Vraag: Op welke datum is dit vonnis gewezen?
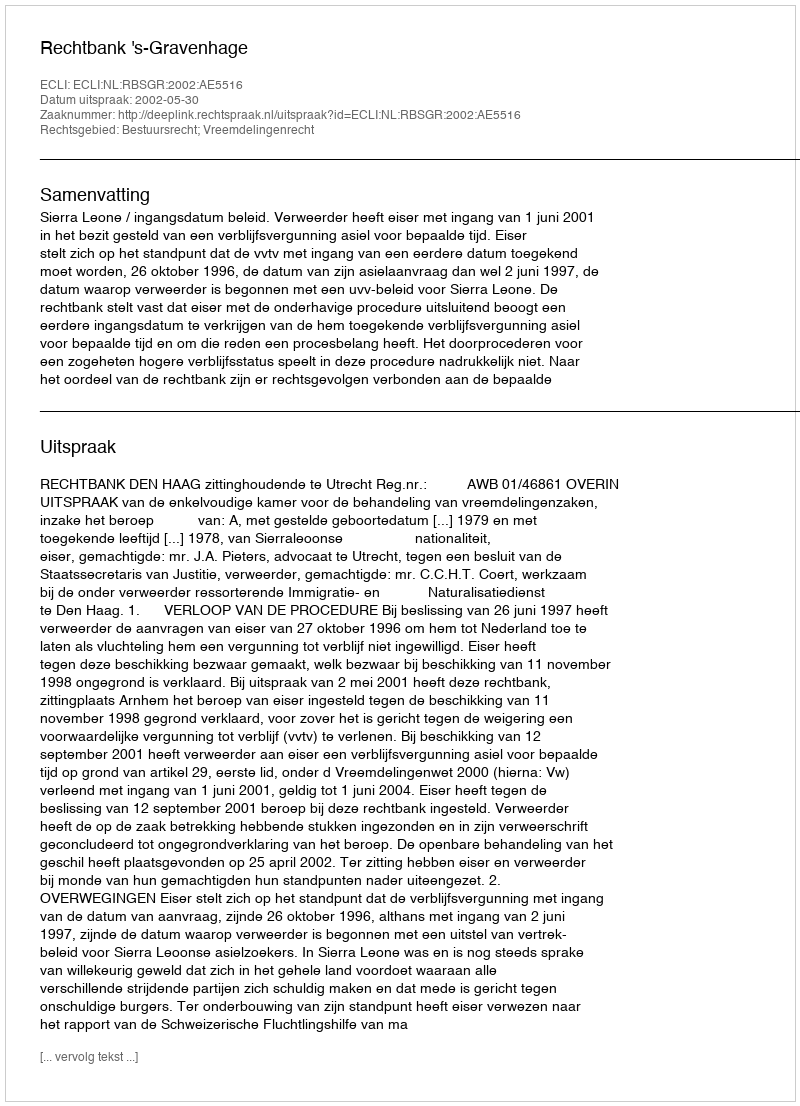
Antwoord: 2002-05-30